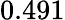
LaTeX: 0.491